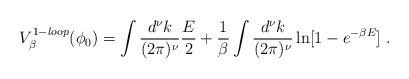
LaTeX: \begin{align*}V_{\beta}^{1-loop} (\phi_0)=\int \frac {d^{\nu} k} {(2 \pi)^{\nu}} {E\over 2}+ {1\over {\beta}} \int \frac {d^{\nu} k} {(2 \pi)^{\nu}}\ln [1-e^{-\beta E}] \; .\end{align*}